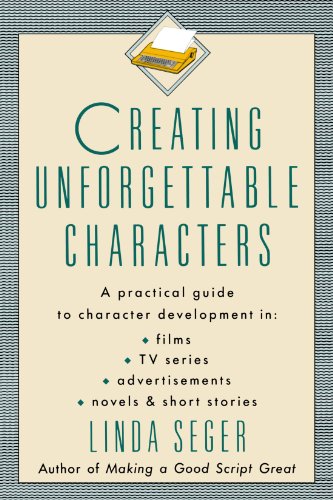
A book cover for Creating Unforgettable Characters; Linda Seger; Humor & Entertainment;